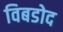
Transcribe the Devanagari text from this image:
विबडोद